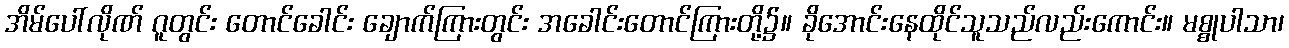
အိမ်ပေါ်လိုဏ် ဂူတွင်း တောင်ခေါင်း ချောက်ကြားတွင်း အခေါင်းတောင်ကြားတို့၌။ ခိုအောင်းနေထိုင်သူသည်လည်းကောင်း။ မစ္စုပါသာ၊